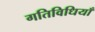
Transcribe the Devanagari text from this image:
गतिविधियॉं